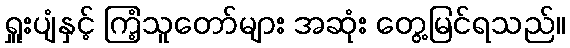
ရှူးပျံနှင့် ကြံ့သူတော်များ အဆုံး တွေ့မြင်ရသည်။